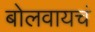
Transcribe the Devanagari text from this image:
बोलवायचं